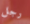
رجل